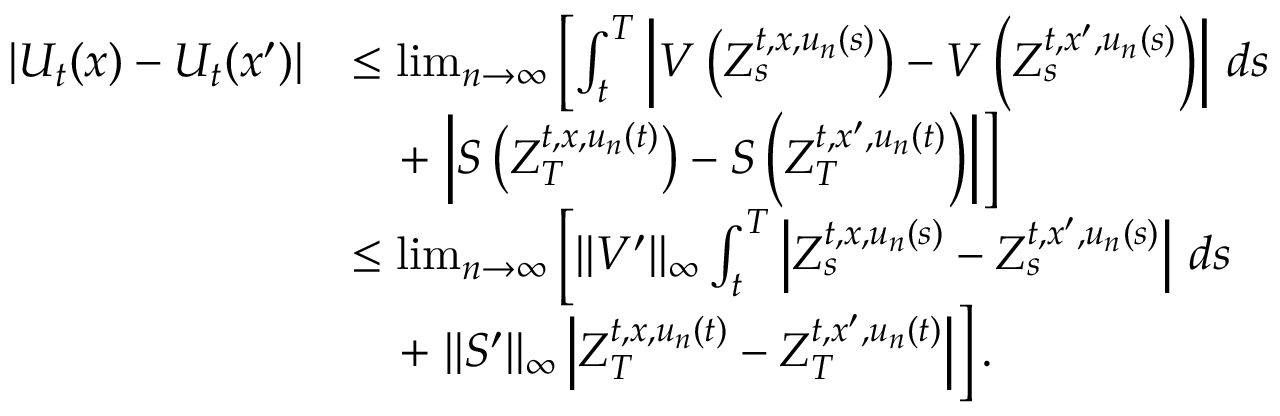
\begin{array} { r l } { | U _ { t } ( x ) - U _ { t } ( x ^ { \prime } ) | } & { \le \operatorname* { l i m } _ { n \to \infty } \left[ \int _ { t } ^ { T } \left\vert V \left( Z _ { s } ^ { t , x , u _ { n } ( s ) } \right) - V \left( Z _ { s } ^ { t , x ^ { \prime } , u _ { n } ( s ) } \right) \right\vert \, d s \right. } \\ & { \quad + \left. \left\vert S \left( Z _ { T } ^ { t , x , u _ { n } ( t ) } \right) - S \left( Z _ { T } ^ { t , x ^ { \prime } , u _ { n } ( t ) } \right) \right\vert \right] } \\ & { \le \operatorname* { l i m } _ { n \to \infty } \left[ \| V ^ { \prime } \| _ { \infty } \int _ { t } ^ { T } \left\vert Z _ { s } ^ { t , x , u _ { n } ( s ) } - Z _ { s } ^ { t , x ^ { \prime } , u _ { n } ( s ) } \right\vert \, d s \right. } \\ & { \quad + \left. \| S ^ { \prime } \| _ { \infty } \left\vert Z _ { T } ^ { t , x , u _ { n } ( t ) } - Z _ { T } ^ { t , x ^ { \prime } , u _ { n } ( t ) } \right\vert \right] . } \end{array}